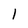
Character: 1